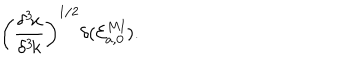
LaTeX: \left( { \frac { \delta ^ { 3 } \! x } { \delta ^ { 3 } \! k } } \right) ^ { 1 / 2 } \delta ( { \cal E } _ { a , \bf 0 } ^ { M \mathrm { I } } ) .